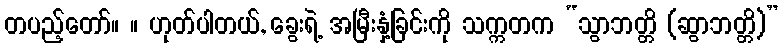
တပည့်တော်။ ။ ဟုတ်ပါတယ်, ခွေးရဲ့ အမြီးနှံ့ခြင်းကို သက္ကတက “သွာဘတ္တိ (ဆွာဘတ္တိ)”